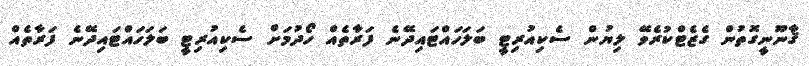
ޤާނޫނީގޮތުން ގެޒެޓްކުރެވޭ ލިޔުން ސެކިއުރިޓީ ބަލަހައްޓައިދޭނެ ފަރާތެއް ހޯދުމަށް ސެކިއުރިޓީ ބަލަހައްޓައިދޭނެ ފަރާތެއް